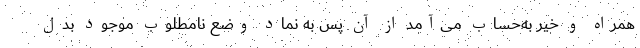
همراه و خیّر به‌حساب می‌آمد از آن پس به نماد وضع نامطلوب موجود بدل